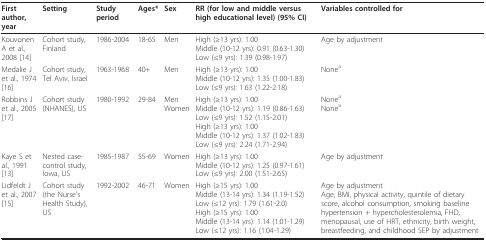
| First author, year | Setting | Study period | Ages* | Sex | RR (for low and middle versus high educational level) (95% CI) | Variables controlled for |
 | --- | --- | --- | --- | --- | --- | --- |
 | Kouvonen A et al., 2008 [14] | Cohort study, Finland | 1986-2004 | 18-65 | Men | High (≥13 yrs): 1.00Middle (10-12 yrs): 0.91 (0.63-1.30)Low (≤9 yrs): 1.39 (0.98-1.97) | Age by adjustment |
 | Medalie J et al., 1974 [16] | Cohort study, Tel Aviv, Israel | 1963-1968 | 40+ | Men | High (≥13 yrs): 1.00Middle (10-12 yrs): 1.35 (1.00-1.83)Low (≤9 yrs): 1.63 (1.22-2.18) | Nonea |
 | Robbins J et al., 2005 [17] | Cohort study (NHANES), US | 1980-1992 | 29-84 | MenWomen | High (≥13 yrs): 1.00Middle (10-12 yrs): 1.19 (0.86-1.63)Low (≤9 yrs): 1.52 (1.15-2.01)High (≥13 yrs): 1.00Middle (10-12 yrs): 1.37 (1.02-1.83)Low (≤9 yrs): 2.24 (1.71-2.94) | NoneaNonea |
 | Kaye S et al., 1991 [13] | Nested case-control study, Iowa, US | 1985-1987 | 55-69 | Women | High (≥13 yrs): 1.00Middle (10-12 yrs): 1.25 (0.97-1.61)Low (≤9 yrs): 2.00 (1.51-2.65) | Age by adjustment |
 | Lidfeldt J et al., 2007 [15] | Cohort study (the Nurse's Health Study), US | 1992-2002 | 46-71 | Women | High (≥15 yrs): 1.00Middle (13-14 yrs): 1.34 (1.19-1.52)Low (≤12 yrs): 1.79 (1.61-2.0)High (≥15 yrs): 1.00Middle (13-14 yrs): 1.14 (1.01-1.29)Low (≤12 yrs): 1.16 (1.04-1.29) | Age by adjustmentAge, BMI, physical activity, quintile of dietary score, alcohol consumption, smoking baseline hypertension + hypercholesterolemia, FHD, menopausal, use of HRT, ethnicity, birth weight, breastfeeding, and childhood SEP by adjustment |